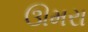
ઊમરા